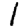
Digit: 1